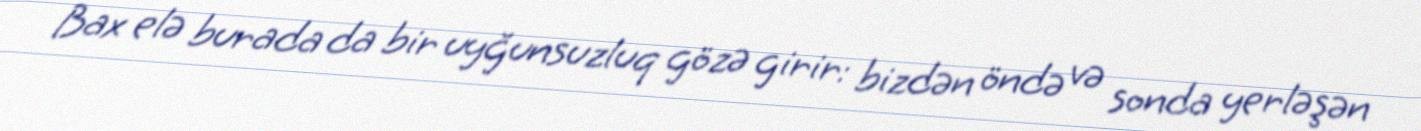
Bax elə burada da bir uyğunsuzluq gözə girir: bizdən öndə və sonda yerləşən